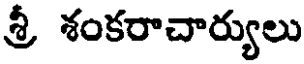
శ్రీ శంకరాచార్యులు